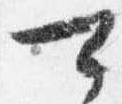
可